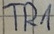
Text: TR1